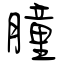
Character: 膧